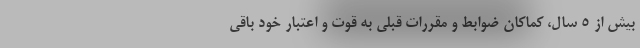
بیش از ۵ سال، کماکان ضوابط و مقررات قبلی به قوت و اعتبار خود باقی